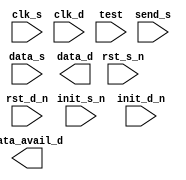
////////////////////////////////////////////////////////////////////////////////
//
//       This confidential and proprietary software may be used only
//     as authorized by a licensing agreement from Synopsys Inc.
//     In the event of publication, the following notice is applicable:
//
//                    (C) COPYRIGHT 2006 - 2016 SYNOPSYS INC.
//                           ALL RIGHTS RESERVED
//
//       The entire notice above must be reproduced on all authorized
//     copies.
//
//
// VERSION:   "Simulation verilog"
//
// DesignWare_version: 09d81b79
// DesignWare_release: K-2015.06-DWBB_201506.5.2
//
////////////////////////////////////////////////////////////////////////////////
//
//
//  ABSTRACT:  
//
//             Parameters:     Valid Values
//             ==========      ============
//             width           1 to 1024      8
//             clk_ratio       2 to 1024      2
//             reg_data_s      0 to 1         1
//             reg_data_d      0 to 1         1
//             tst_mode        0 to 2         0
//
//
//             Input Ports:    Size    Description
//             ===========     ====    ===========
//             clk_s            1        Source clock
//             rst_s_n          1        Source domain asynch. reset (active low)
//             init_s_n         1        Source domain synch. reset (active low)
//             send_s           1        Source domain send request input
//             data_s           width    Source domain send data input
//             clk_d            1        Destination clock
//             rst_d_n          1        Destination domain asynch. reset (active low)
//             init_d_n         1        Destination domain synch. reset (active low)
//             test             1        Scan test mode select input
//
//
//             Output Ports    Size    Description
//             ============    ====    ===========
//             data_d          width    Destination domain data output
//             data_avail_d    1        Destination domain data update output
//
//
//
//
//
//  MODIFIED:
//
//  10/01/15 RJK  Updated for compatible with VCS NLP flow
//

`ifdef UPF_POWER_AWARE
`protected
>b3><Eaf:7eVKF]6##NWe#g0N6R+E_IP)D:+._c)Q>LRdB]<E:_K-)=Z<.5@^\.>
CX-SKc:LJO(f=Xf)JeWb))F1g:W\a2?=CV?aG2FA?d\:?8EGVWdT\FaLCQRS.cNR
SYCPBb&GRUcTG.T>)D=VbNEW5dBKX^0>T,:</5LB5:7N-F^7Zbd=N7#M&[]4-]7b
-YAM950MHH+eG-DJNW@A+?ZdF-MBaEY3fVb)HdTG41f_,d1HO4>GI\Nc0/R?[aW9
^7PDMW^2Q7UU-<I0e-g#\=Q^geB[7IVI_8PS6[cD=R_Ua_1HHO]@5MHLe_NIV103
gJ;>fNL;[#5eeQ)B00XEe+9\Y(J8.MVZ=F\?ZGWfbKb>CSgJ.G1_W1)de9^S/f)-
OeT+_A[gOfNcM9a=>-M<f2FE[,O\H.cMZOP,=NY/_W2(33;,0\#:Q,?(+Yc&@LFE
<6c^EI;Q\[U=;-MQSTZ:02=TOZ;Y5/b]Y;eFSY^9G^1.^<)Wg53E[/ZA<X_C@)6X
3>@2?3b32CYS_b3@K4=1?41:W>RO[If^0?T?#O^G2LHCXBBMSY--ZU?E-gO\R2]G
4;A+;/O2+S6a//ZX<9RcYOB8?RCP;O4M;S/\+O7/D,0-5UE[3dZL+::fdYVVeY5L
:ORBRGOP\<)fF>e;d0=)]>S-WGFM[2^3L1/@3O+,g+)O8c?7V_=T[L=0>YL->OPD
817GAFD/I?C2&@ZOHN2be)?QSF4[Q=bI6d;XIU1^K]RQ0IQa4U1/4C)LZ#_43A5I
LR9YE@84.0A<PRA>bEX_Df[BdMXD3,Lc#NE=?F-5P+PLW(.P>=HB6a^X(O-_&(DN
QFF]Z8Fa(R-0VN_7Qb<INJ;-cd/J2ZH?Da^5)E=ae[LI#]+>g38gF-15^;3FT4B8
SP98:Mg)/X47Wf;N]A,[,Q?V1:QM+U9=6^T)gKXdFWWIN;1B/R]T[b</E^[\G<D+
JQ+#^)94\0aW8,;F/a4APD2b:TYCc.JN8\QM/Na(RgUOa<:^c)>B/@I=BdO^GKf]
I)cX[.U;QfDe;SIFEBLKJ(-OZ(7a]M1\Y>G(M8E0&=e5;2@7@^_QV;&@>0NPe^5X
ZAZ>D8:^ZW;[[7]EBT><H/+3U/1>gJc.dV6R#O=RJSEYZ;2MVNFNF26]R66g&Qgg
;X6JO3.ITg\PSI^I9[C,86a4);E0S_4;_Ub;O(c76.V@XCgdXE,2(deP2^S]4(R-
+/)2Ie)<O(X\N=T^EQ3GdQ+N-SC3@X4a][@RO0IT7<U#dR9aN(QOI(QKG>JPIdML
Y\14MJ##^]O_0?@UEe\cM&:,60\N@Q\Q44K?fKDI>//c/BS0L)Ha(9GC3((0DW4P
H[7FVa1V+[?1\]?.6[)D^66<9-Kd(YBGA+/9PXY,HBXW9S&1e0_P)U5&L;U^/a49
Vf]bT36>D[^#8I1cC(>8U\-??<:IGS=>^Z@Ve,77[#/YQ4@R.J-a(:0K2TJC@Eb=
#1)36[LBQe:EH/f1O&/KA7d^>/7?)([+KfG=;13RZeZ^)J=BOAW+E-_UW\&d2_5@
3J.;5PdfYY]5V.e5NS[,-dET6CEK_f8,AMH7g0)W0DfZ@E1AedSF@f1M[f5\^11M
]dK(Z_J;d\8=P0.KA_6H]>fN:Q\K;6Tg\92J;NX0GI9.O71MB2<a:THCg-XRV0XG
8_FA?@7Sbd8CJXN93SYHc>UA-DI,(I?Ta_I/J]Lg[aU^,JeQ_Ee;31:4,1@W:),Z
SXN)0\NcV&4ZKae5^]JQQP8>f::cd<6946B5?\7b?@5\DMF#:E?1F3L@F<X7fg1b
:Pad5):EH2e2bY[BIS+/JR,Va4C5A&APKT+F0EMGDAP7A0IXaa(b\?e(?a#5GDJ@
7O[.##/AF[LTV)V9V.UB&@aG=BaO6>X&BTKfV<96S4E?EC5L0P5YeZa;EV_Zf=:H
7\ZW.BFY67T(BZ;),8/Ld,\2EMBE+YN#OW3_a0173-4P4/[ZTb0;5?e:17,1K@^G
2<#<e[RT8)H5b^X8VL-ND;/R8RI<^<ec))RUNK:=/0<OP[9[]5Ia8FQ:aCO?d1&e
9D6_Z\Xc7\aXI>8P],Z3,R2\)]4=Z,]E1SO\c396CKKYgdCGJE2-)f<3UBE2ZJ+N
BECSaO;,RH2(a)UNg4,-,WHOZQ2GTg;-SBQ##Me_/E2bf98&.R-+5I[4#/<KF(L;
eBQ[HTSML)IJ?gE(O<1LB8XR(_&FS5XUfRN\+8^UR7F?]N?-PV9;WP1?+7)@TB?g
>=._E_07ZT1@@JJ+]?2;OX<[4PJ5W?I4H1e.MA,-C17&1+9^V&g138XX,(eRb0U9
<&BVeJX.&G(NHcQ]MXF(O_MJ?DZU#GFDLUUSK+Rg20DSbb;R3f)B+N#I]d@eQ1TO
)2&E0JCH;WKLfgL>7N+YB=T3b1OGfX;@@^+3JC?DJAL]A.5JCRJ#]CfA>;e6?9#^
7+TL#gdI,(3PW272ZX7>MeF,-ZW(2-L)=)H3&NP0<:Z4=Z<&K>]MMAA<?]4e?[Xb
e^SN:B=S_d.@#TZ9A]C\R(6BKfC#4N+^,b[,G1a;&.<9a&:3VVO>&.b<5#P#V^3>
4BZHKG..]Z6.PT[^>U^H=a^MOQUT#1Sdg]=JUUaL#\8dTfKR(fC=N8+62,,&^O42
[G>8?\6[&O,6?Q4e[da=0bQB>-00@9RAcM(G>(K2X=M6Hc5@4.[46WC;>HLD1;\f
<CJ9F<[RI_>@U,QBf]DMN:)a99KAWY54GK+>C>.C>T[\#>PEdX2e@NaEM]+M0&0E
b5XFZB5-XYA:Y.@@JAJ3NY@a#(/JPW-2@WJf<Q5W>J?@9.ZcB:YcT[V[&2dLM6bI
)8#.SAV/Ce>S.9\g47@:S;TOdW:0@/_RT=BML-fbAa>?D#fWFcWSW6V,):58CH5,
6\8Tc@@D>aeB0^fI[9DKL9^9)B@HbS<U59FdNV-;3T.CKJfgY>847b=KLCaB<[2&
PS#f=<>d?:5.PXT2QeC4&JS9QY..P=YdV>d@Vc/(/CC4K#I-4++[.)<N-P5I#g<9
FDU_9,&]W#aDYE5CD[8&&bg[Y1RaH9;E\6WA9&)XTX@1<C:e.d(Y=,JD?HW&C9cc
[&cb9O72/S.^TD]IQ>>_^@_Y94M8E+.a;f#83EAHOcS0<5^5V6fXBL^>)g-JGE#=
_0HST(SQf_[PKK(JF_eE\#J1@U?/GI=6_DIZ:X3<=WLLYef8G.g++O.[ed7;V]:a
b9fJ.gEc:=Z29bH&-)=a,+M_3JJJ_PPLfE)=@_NUFR_C0Ia8GWc5f(YGa4a:f:c#
6NR:.eae7+E?^Ad6=]:QS-8\#95d:&]J+cbHR&)0I1XJ.Ja.b)K^V_<1Bee/;UIe
/UYUdB;\MB[(8J4DIW3/W13GcMeUeGEFQCa7HA,0R]L5(d3R5>XT&7;gDD&U8=;U
DHN)X\Y&[)8>:2-a>5Z8NMdJ(I=4YYc9K5G(ER9f\40:d3>0OWJf#fM=)-92GQM4
2.Lb).-dMb@=#SLWK?+03J[eMa_RL/5@^CBI5>X^)-_EN15]?)-@3WdcU7Z21#a1
2S^;S;Q>P=.FV9M<X_bPT>5Y_,]+P1,3NR2##P?6b9X=aWHDCQ)4E3CE2.C6L#V9
W&eE\C[I38L?/MHM;#^6^MN6>UM=@fW5Yd^91WKQWHWXQ5B<RR8e\AC48),--FY9
^-f+cFDZM<5aY_e)7(QHVF(_(YBIE5IfKg)c6?5EcNLTgXU+_(geK0Y#Q1D(^.5Y
9[G2+MW9eL=a0QM;MYN4>(]1Rb7HgL)RLc0-7UW&X[YC@Yc&-CHW+[_1MXPVOQe?
5NfIR?F1g48a\N=WeIA2P=bD)KQ&7O8a2E;4;0f4]^ccU\-AB6H^U_3aGHYU34_(
&7gH[TQF^Ud1G]D&EAX;d:,0#Qf-,T7c1V:=5628W]KaGZM3bBZO4QE(E3RG0cD(
ZdJJP>6B7:O]H7(5XaM/b=6W&LM-QM5;VP9#I9Y\R2JOBc_D9XaBdCV@<g_>Lg:J
7[G+]CU@G3[I:E+/_E;f0?eF@f&e-[X5,RSCOR#\.c(^E\_LO)D\52O-bG\>P9@2
T2,eF4NS4gb\KNd;.._7W(XB\\T4XNb[V&M&T_Yf\MI4,::&S>@SU(PPA962FQ&[
N0_\#-O-#T;H0CW#TG9#D&dZ20_.0Z]d:)2VdQY+-7UBR\C/b(UF=A6=P1<;Z7>&
DI-eDJbLJ4?Y[2K\3^0bS8Z,YYDGIYY^4L#^60PO98[+-B/4N/IBSGWP7>6<0QPD
KWfC;S&M(Vafbea>bcCD<)MQC;d\SH[@>1&=eK2N68bXR(Je^@CSSXYRB#-^KXZ)
=G@G^JWC:64NW=J;5USYf4K\+]^9Oa\@,ZM^cJW=e4ZLS#@F_c#:c/:NOZ<>@LSe
]/>:QED/b<Q[O-f8O/\9;FX<WYN6a[YN[:9[B/>.f:;Ff=Wa@G#V?f3V.9FBT;RM
7]D??P_^L:7c+08dWg#I#b/AF3XN2]ETKE<MGgR(&4>g.I&\M?3HUTJ@cT#;YW-D
L;NMB4-T?PKD:T0N+/BBHG,,D78Z4J/YX?Id5EUFJF0#KWd4C6B<CS.GXL0B_LQb
?A@AR/-_VC)-E,2DB[JE5=7>K;.#;5eGSX6/L4LXBN<Z4O0+-#]0Z^ZA;&J(J_c3
b(Ve2Y>IU7C#+1,d958HU1KI>DAU41e=5gQDUa-)3ZN>#6]bEfOT\.QWa)GDLDN5
/-XEbET[OJ(@.:99cK\NT8e3(H80AYCS[]@Pg9-Q.Y>)U=QX).EZN&\^88U)OeYB
(Q#UDZT7FbLK]PL;EWVF0@H44&1:2L2.Q39VdJ\WWbA>&fADND]8I>[Q/GZ<G0<&
1NdJTUR@>)XFA2@X<D>Y(EM4_/H82]#EE[R)<N1&KNSXc1b27b-IR2+7ZDWMT4T\
Y^;cO97FP;/(CM081e.IcWV6dLYQb4Wd#)7cPDV,<,@;<A(Qd8I0GITDU._?9/:&
:Y,_f/bA=>dc3>_aJ6N&gL]8\3NV,2P\2OU8N/[:aC.EOe\2T#JZ_SP62c:@C1<[
/L(a89PQ7.W&4Y,@8\>1?f9#1<3e1N==)]0g>QN,:?)-W=e6;ZW5V7f9a#M6KI]-
=.U8fHebC1YaY<Z#NN9D/HYTJa35VE-GQR\I9=MXf<;Hf\;I]&:K_:+AB;Dc;T,d
P=>&S/+9S]@O6=@O@_FNd7U#H6&/R08LGa.KRQ#:0S)NEgZMgP4g&9=QQ6GP.768
a3\G=ZaR0c.:c)We-FQ5\92DSaB+RX;)0WWaE9Ng^:+:2#?_=K8RaOH=[3T=b.4C
@(IMQ&6>KPYN@c_ISQWIMKXLTdJA:^MI<72gdWb5,\CC>DE00#Y<ISQKZBT(>99.
gacO,]K=b&N.IS#AX=UM&ZCf@\9IBT,bYCJ35+]+EEX=C3-&<<a>I?MHE5)\.a8]
[MeM\W/[&_7HYS>9ReefHD(Y@0S99N@EFfU>g2R><;JTHN=31Y,>Ic.9R_E84XXb
QPQeN)ZeNQXC)V.c/N;74)\Ve49)A/QX4ECb0Z]?)W?\K<C7fDGRA7IK4(MZ,(PA
3Q30T9a<3BKd9(\^#L\ZfFN8Q:M3YHS.+:<7:4.,8;T^^PGEa+e37KML^P3ZS6TN
Tb)36--F-PV^M>P8^<7LR0VJ-GTc^HW/KcHONc/=Id]SN+.3J+(92^R7.^)gG;:-
XgB<W]ZY-6]]QKPGZH&=F(A:Y41V/4RC5>WQ@)EaQc(@9T7gIaOJ42Ob87?DP65H
:QOEf)d:Bg5N>6QM\T06._D^UJ=aY>b:RP00=M#Ob5@.HIB_>bI[Q>c3bFR-6gOG
[QSER).0K72;GDG=_UPV]&_N-,0aPS9,##23d13T\H>2Gc1FR0R&#Z\2A&#^(B2,
JTBAb_aE3ZM@BGGZD:]3+&7R32AeV[bFC[,O1X_e@3JPg#PV<.SLUVB:<7:;W#?Z
[O@#=OVK)9a0#ZJGQ+5=D_3DJYUN(A_[a:.dePI@4\Fb9F,/Z]C)(>0KU[?V-.GC
3<0c5Y?8(T[\M<W[_YB#gD)C>/aZZ]#58S-cE)ecdA0I7=:R,W5[;\&01])(;HMf
ZeGIW^?ZaVV?U/D]D36d_cOSA#fW5VMQY<R.I1eTP#W7H6=g,[0R:-S+-56J,W]P
6HZC7AfCK7E2QKe,-HCffe56@>8CWK(,^NfTS(R=2\UWI4A2UFHg(3\719LW@3_4
OQbGfPV64_0c;K<[M<c&S<D3S;8Re7P6?XEB(Y=@+B723M6Y>,F7D;1Z7&:1<0FG
FB)1Ffdg^#,M1Q</&/+=.8I:UfAH2<2N\S]I0Dg7dJf0^\#HdXeg8,b4M+.cODbC
-FF7T]^,8F6<7b\U5ZeP7\:c6&RBKQ&[.0(3F4TS;3[=1_7W+SXZbO:>>J+29K#e
>g;(3OgJQ2\RM/0&M3&G1HMASN79Z..\7+S)DId7K>9ICb(O6cWeL1+c#BN>X53J
7;F&C2O\U(&VC(YOHB[]EHbS,NY?KZbL?R>SE2g3@5aVTXd?#@eKLG.GX2R>UE18
?_==c8YdLA/&<UH8RA+ZH:aXf^d3M(aE?b08]Q<;g]>6<e0PI<g8P:SDe)-9aPEE
3RWM._B&FI?FR]\_,(f:K7[NE/IKf?R)EVGR_0HP57XMgCFbPAeX:-gAQ?BW#HbK
=.1XeG6ZC86YUPFSdFIf.8Y_UbGG91F90[aH6Q@E&:S2#Y?IO2c+HY/1\>CO<d]#
gU)-9#Cb@aIIJ)^W4@LQ0e;KE(fc+4:<+#,^=#cOcGaG_6,>&?U]@c2(BO3J_WfJ
Q\2,.CP\)L5,;\3/)[I2S/[.:V3)a@bGI@UKga2-D5(Q/G-dSQ/[Q).BGCMKYUC1
+aW1]L1V>G/28ML@O65CXd):0J5)W(<M>42?>#EHd1<YfS9S()3fVeS(KZ@_AgR8
0bR[YWYY\a[dH1JZa1A@(.WgF=@b7f,JOW.1a29,DF.ZbV5^MG)0bDMZ+[5OBY?Q
YUICJdF;S/=HV\3aRdbD-]S=7)dc&;_aS6K]-[Y1HeR\^,&G023FF5<K)06_bgB5
IVCWC9OZ_T[Be(35S00XN]b-@)2+OCa/,18fP)O6N\/0.501K;CdZ:N#Re8fDSU8
7dCO,geG>eVg],6dgO7/f>HUE7U>cA>T?_1/OSVAR32_\]d=(JIBOHT,\gAJ>]FJ
UU;U>#F-.WHg@<R)XNc[ScA@6WD.3-A]^g/>[S79?@Gg-;Q\AKRY8+X1&Ed_<\;=
32N_P;WZY/OOeeO_W(6+,CP9-LN)0g5J@X04HJW)1.NJFVBZ8>BZU;GD[6eI?[e=
QV-DedSa\b8#c)_>]LQ),eW1.X@QUC#[X_d#7fJS5]KL3ZSFF:]Mg)+ET@73@T0Z
^A.Q-C;/?5PU;eBDHf^TD)YdWPeSfSI0fM/?V^ANQ(IIAS\dN?K@&M(MU9ff>=Hd
Y-7_W_JeLS/F:G,V6Xg2FMP7f21]^2Vc2\W-[4VB1?BQ:P?R))257C_@W9CK]d(&
-G13P#VX?&0eS1d(,g/D:01=>fO3;,D\0-QMBBGFW/1HMH3&U=F#P0aQ)E,,bOR0
MDLWa]]LQWFeF(AG88)V0gEE:=U&O[T?g/a,0NI.KdgbH=OU#Od(Q1F4bV;MdZfH
4H?Bf/<H./S[B768W[9LG=.ORQ3L\>>(YB#_@_.R/=(^8[@[WYZC+<]XYT;?f-VC
C0Q]0e[Db2BWUU)]8TST;?]2<+SAGZTZ3.:>6O&^V.:?gE[CX8SS/8(?ZM)(@RA2
KY\de(bCXN2?PZ#F;Fa/VR\_H[T5[T:);+c2R<><^INTQ.1BL9>D\O7G>9Le>c#7
NHa&A@OBU4/\@SQM5[)J:BIVN7MZ(?fK54]UFF>=Z)</e(6)cGY6-bdN_.JMRN?,
RGE(5b9-0ST8WX;;GNDTJ:5J9eKT3UR)VE3Ed^aS+B(7\C+JcV7._P]&UNR0_\7b
f/)KB.-QWWb+>32dJ&B,O3^#f6KM62gB,O=2LWa@NYOT\4+;)Z8^C5.=3?^Y4Y>c
1-HcNHUA=0-T[EM/Yfc\Q2M#?L>AU?N9Pe8FTZfcMbGO0Uc4Jff_5R8N2UfgA-<_
fa)O>EEPaDd#6=_L23TLVT6,-WB1KL5CK8+g2<a^9U60/T)AI:aZN7]HCfO#Rf[S
]8Cd2H-<Q>>B3NU\IGN=GN_,8UD&U2cZX89g#?UFc3\KG/4=3GSYT2E1Q/5EU-,X
AFJb^A=Z&Z2YD1\O,&@F1BcXQ27&1b81A.LaW13MTB9AJ,RFQ\5HUcZT,#H5^H.V
B,.(F=1DC#XCOac\I-P:T+fPB4MP/UH\RJ#P:#X^0B_Y6SM74LG/:T\P@:9E0Pb+
]aVb0c?/PBTA&D/E\+QUQZgBgU3T/6GV/aTK@1beY0_NYXP<P\]aX\:[?fG1=0JW
dMFV@6Acfd(N+]5fT,LAdIGDd[]M&b=GbZA)5,\aYWc=@4XW5:51ZZ8-La^.M0W3
EdMe:WP;#)S&](?_#/83KFdL(^caV004f/XgR8O4T5#_GB+Qa-4MTLaJ^FA4)g[e
NC2]b\>0_5;+;Y4_d+.c1+4JRX#-D&SDa^?C2)/,3?+E(PMJVNH99NOdOJA?OGP8
6ZI7H,455.^b]0cDTceKcge;?K,[;.Oa70E+b6DCRgF4fM1)3f28gTH3/Q56aPOL
+_#G_VUHM@TI71UPe4f/P.@9DeE2L9,58H\DCW5[G)YJ)DaJDO0V#@fXT/HZMg&g
)e+NWESX&dYV[\(fcW;MD]F]Z0=-4\[#+U8B>1H(__^\5PUJW]c0JX>cY<geZD#)
T\Xe\@R[L9/7gC?c(U0f_QU]8NOKAF#J8O=VAI\#9ecN_dT41<&=LQK>Y6cfQJP/
I6K:0Vb+;HbDJJ3c-P#CN).fD8)AV4E_9S+FSLE#eM[Gf<A.9;+J7(X.(,R/0fZ,
67gHP2&D1cPdT<QBIg>W6(^RPF<D_EIP^@]HMO<?9&.-]+I0ALB<403L>,]^98^-
^WXLN7T[@8(P&f3dUC/_U6eY6>KbJa_AC;e6#TA5BV2#JGIH0#33HeS1LR74aLG5
7eZM&,N-f?MII(0IKB;L/<cT=JYD,X,b8AU)<4XA_9,?-a>KLMTT;\48Ee#5e>WG
0(T#&QE2/QZ(Ub95f-g1_,1.6.MSAC[XbD.^#7>W.eN6eLQ5K)FXM/G_ZH&&P(TM
[,O.Yb1YR]cMOS@fW1UD(;3?@\QSL\_WC0U8Ie_#GLECR-RFQgg3FVWKa2^c@M-C
OTOc)^FV&B3fL?EHTZMY03=G>&DVAD2<Y;d+GKUY6g4UAY5f[1+4T4a+7X_#e:Se
9+Y6;R@bT&XgENZ0@Qg>Q6S],F#MHX6M)Y>B<OHe.>1,D2L&QX]9b,0a4#IaUV7S
:=cfI+D1aP&>X_.]-fJ)L7<B[G?#T7J)HBB,9]E:?D.VQP)a0g[HJ[G#8cO#:4[U
>8J>>&fMCUbI>F[3M05:/-e&g9G_-3=J9;d(5^e?7a04RfKB/5)aDMg]=e44JJTE
[0O_5KM0gGM1(K/W5;+@^@&]P2UcA#>QP:+8@c892-B=LDPBK]EPLJTE>D;1g0H-
gQQ>D;M>[UT77<JV:(ea)-D-UQHeAUZ+.X4PG7?)?9>RXb4_D=F3>/D_IQRW#]IN
#b;P?Q+/5C^_85[gUJ>@?bP_:&JH1M4e/d4A]F&9H,KZAJJB48^7S8S];GG1g0T@
[Y08:H0Y;eUT4c+AaX?c;(XB;4\e6#=1:?W)EVXc.1RU6<c]g2c\(+N8P47<AfeG
S9@J_9IXbEd8-a/cU?K3AXf=3X.3>?cY,/QODJ0;MWAW5HVc,dEcg+Q.(bN^R;E&
Y1(T^BFBSB8;A<O]eI(L7V-\RMFNb/7IaOKM(:]YXCG6Z=YI(>VNeD&AB;(aYf/C
H\)Y_7NOQMD@78+Z3I,7-)@c@YMC,N-?2J57b;^/;YG:E@+bWK,@FEP9ML\.&Vc1
TKbg.&QPC.+9-AVDYWQP0UU=e8<C\?SZ?,C3PS8&]fWHg7cHXf4F>8SDVa1b7I;U
6bF;IF=LdTSEP\b8OU/7(.:d/XGDKHT]@_Y.3J6OTAa?=NAFO2B>8X/-RFJ9=#H6
:S,D<C?5gSPL=5]M@SUX_QN,VK88aID<^F<\<+b+1G]_YR@dW9RFU(YKISdY+H08
A9dP,/L&/I?)&aIC^#+c;V,MEAb2OKP77@]QB/,ZTcNW^48XH.Q9c5dR<@B-+R_E
P5DH-R#-e_M^:DeX\<(8^e6(Y=O\+Icc+B1^8>^4RF(>TC>EAc4WC(#[:b^D)c6?
)F^PT3(aG)T#29.W/YK;,OL^><CR)L<#)P#+<),4gcK<GVYFcLHI[.Td:>1Fe.MS
Ce>]@/OL3TCb3e,.P&]b4]S+H/-cW2<T2fQL89ZKNY+D-A>W]Kc+:M:IZB(?D>VV
?A+e>GBe7]f;(]#(KQWc^J0IN6-G9[+20+XKZ@Vg]c[;Y\LEOAfC_GLKb(?1F[Nf
Tf/8Q#cA<[)NPgK+XY==V)P]KCN[VQ3NC>JO+/(TT0/^_H[,Xc2SR\TAR;#8V0(B
KgOF(\5aD#)W6@CM@HOP@QMd8543g\K;P+2CZH73d,-M0(d[cI.bXdRBZQ&=)NE^
>1)2:K(eAcc8Tfb7?ME5W?NA_fYbKLDNUX<-Cf<I&>f)ELb-AN08XS-UUEHX37<H
U2Ta7RK;YG.+6R,g1TNWQ(G341A=<>A?<5Pa/3Z(R7>3g4df5B#);7_ZLE@OV;GF
bIO50@bbdP:[JLbF2Hf+6&)3#6#0F=-/E8?CTE\&SK4G=-E6.<\#fSAJ2eJfbCgS
fc<IKgf>2T5b^^B8SaM0aTBcf83HUZAYfb,gV,2[9<3#^0a_9:<5WZ2O=E#>UgA6
V>4e;B6PI+[:3?X)8eDC=T\43&dJ\[-EH13((Q5#Y6QO(-VWPdH]4(?52PgP+U4GV$
`endprotected

`else

module DW_data_qsync_hl(
	clk_s,
	rst_s_n,
	init_s_n,
	send_s,
	data_s,
	clk_d,
	rst_d_n,
	init_d_n,
	data_avail_d,
	data_d,
	test
	);

  parameter width = 8;
  parameter clk_ratio = 2;
  parameter tst_mode = 0;

  input  clk_s;
  input  rst_s_n;
  input  init_s_n;
  input  send_s;
  input  [width-1:0] data_s;

  input  clk_d;
  input  rst_d_n;
  input  init_d_n;
  output data_avail_d ;
  output [width-1:0] data_d;

  input  test;
// synopsys translate_off
integer reset ;//        [4 : 0];// :="00001";
integer idle ;//         [4 : 0];// :="00010";
integer update_a ;//     [4 : 0];// :="00100";
integer update_b ;//     [4 : 0];// :="01000";
integer update_hold;//   [4 : 0];// :="10000";

reg    [width-1 : 0]  data_s_reg ; 
wire   [width-1 : 0]  data_s_mux ; 
reg    [4 : 0]  send_state ; 
reg    [4 : 0]  next_state ; 
reg     tmg_ref_data   ;
reg     tmg_ref_reg    ;
wire    tmg_ref_mux    ;
reg     tmg_ref_neg    ;
reg     tmg_ref_pos    ;
reg     tmg_ref_xi     ;
wire    tmg_ref_xo     ;
wire    tmg_ref_fb     ;
wire    tmg_ref_cc;
wire    tmg_ref_ccm;
reg     tmg_ref_l;
reg     data_s_l;
wire    data_avl_out   ;
reg     data_avail_r   ;
reg     data_avail_s   ;
wire    data_s_snd_en  ;
wire    data_s_reg_en  ;
reg    [width-1 : 0]  data_s_snd;
reg     send_s_en      ;
wire    data_m_sel     ;
wire    tmg_ref_fben   ;
reg     data_a_reg;
 
 
  initial begin : parameter_check
    integer param_err_flg;

    param_err_flg = 0;
    
  
    if ( (width < 1) || (width > 1024) ) begin
      param_err_flg = 1;
      $display(
	"ERROR: %m :\n  Invalid value (%d) for parameter width (legal range: 1 to 1024)",
	width );
    end
  
    if ( (clk_ratio < 2) || (clk_ratio > 1024) ) begin
      param_err_flg = 1;
      $display(
	"ERROR: %m :\n  Invalid value (%d) for parameter clk_ratio (legal range: 2 to 1024)",
	clk_ratio );
    end
  
    if ( (tst_mode < 0) || (tst_mode > 2) ) begin
      param_err_flg = 1;
      $display(
	"ERROR: %m :\n  Invalid value (%d) for parameter tst_mode (legal range: 0 to 2)",
	tst_mode );
    end

    if ( param_err_flg == 1) begin
      $display(
        "%m :\n  Simulation aborted due to invalid parameter value(s)");
      $finish;
    end

  end // parameter_check 

  initial begin
    reset       <= 5'b00000;
    idle        <= 5'b00001;
    update_a    <= 5'b00010;
    update_b    <= 5'b00100;
    update_hold <= 5'b01000;
  end
  always @ ( clk_s or rst_s_n) begin : SRC_DM_SEQ_PROC
    if  (rst_s_n === 0) begin  
      data_s_reg   <= 0;
      data_s_snd   <= 0;
      send_state   <= 0;
      data_avail_r <= 0;
      tmg_ref_xi   <= 0;
      tmg_ref_reg  <= 0;
      tmg_ref_pos  <= 0;
      tmg_ref_neg  <= 0;
      data_a_reg   <= 0;
    end else if  (rst_s_n === 1) begin   
      if(clk_s === 1)  begin
        if ( init_s_n === 0) begin  
          data_s_reg   <= 0;
          data_s_snd   <= 0;
          send_state   <= 0;
          data_avail_r <= 0;
          tmg_ref_xi   <= 0;
          tmg_ref_reg  <= 0;
          tmg_ref_pos  <= 0;
          tmg_ref_neg  <= 0;
          data_a_reg   <= 0;
        end else if ( init_s_n === 1)   begin 
	  if(data_s_reg_en === 1)
            data_s_reg   <= data_s;
          if(data_s_snd_en === 1)
            data_s_snd   <= data_s_mux;
          send_state   <= next_state;
	  data_avail_r <= data_avl_out;
          tmg_ref_xi   <= tmg_ref_xo;
          tmg_ref_reg  <= tmg_ref_mux;
          tmg_ref_pos  <= tmg_ref_ccm;
          data_a_reg   <= data_avl_out;
        end else begin
          send_state   <= {width{1'bx}};
          data_s_reg   <= {width{1'bx}};
          data_s_snd   <= {width{1'bx}};
          data_avail_r <= 1'bx;
          tmg_ref_xi   <= 1'bx;
          tmg_ref_reg  <= 1'bx;
          tmg_ref_pos  <= 1'bx;
          tmg_ref_neg  <= 1'bx;
          data_a_reg   <= 1'bx;
	end
      end else if(clk_s === 0)  begin
        if ( init_s_n === 0)  
          tmg_ref_neg  <= 0;
        else if ( init_s_n === 1)   
          tmg_ref_neg  <= tmg_ref_ccm;
        else
          tmg_ref_neg  <= 1'bx;
      end else begin
        send_state   <= {width{1'bx}};
        data_s_reg   <= {width{1'bx}};
        data_s_snd   <= {width{1'bx}};
	data_avail_r <= 1'bx;
        tmg_ref_xi   <= 1'bx;
        tmg_ref_reg  <= 1'bx;
        tmg_ref_pos  <= 1'bx;
        tmg_ref_neg  <= 1'bx;
        data_a_reg   <= 1'bx;
      end
    end else begin
      send_state   <= {width{1'bx}};
      data_s_reg   <= {width{1'bx}};
      data_s_snd   <= {width{1'bx}};
      data_avail_r <= 1'bx;
      tmg_ref_xi   <= 1'bx;
      tmg_ref_reg  <= 1'bx;
      tmg_ref_pos  <= 1'bx;
      tmg_ref_neg  <= 1'bx;
      data_a_reg   <= 1'bx;
    end 
  end  

  always @ ( clk_d or rst_d_n) begin : DST_DM_POS_SEQ_PROC
    if (rst_d_n === 0 ) 
      tmg_ref_data <= 0;
    else if (rst_d_n === 1 ) begin  
      if(clk_d === 0)  begin
	tmg_ref_data <= tmg_ref_data;
      end else if(clk_d === 1) 
        if (init_d_n === 0 ) 
          tmg_ref_data <= 0;
        else if (init_d_n === 1 )
	  if(data_avail_r)  
            tmg_ref_data <= !  tmg_ref_data ;
	  else
	    tmg_ref_data <= tmg_ref_data;
	else
          tmg_ref_data <= 1'bx;
      else
        tmg_ref_data <= 1'bx;
    end else
      tmg_ref_data <= 1'bx;
  end
  
// latch is intentionally infered
// leda S_4C_R off
// leda DFT_021 off
  always @ (clk_s or tmg_ref_cc) begin : frwd_hold_latch_PROC
    if (clk_s == 1'b1) 
      tmg_ref_l <= tmg_ref_cc;
  end // frwd_hold_latch_PROC;
// leda DFT_021 on
// leda S_4C_R on

   always @ (send_state or send_s or tmg_ref_fb or clk_s ) begin : SRC_DM_COMB_PROC
    case (send_state) 
      reset : 
	next_state =  idle;
      idle : 
        if (send_s === 1) 
	  next_state =  update_a;
        else
	  next_state =  idle;
      update_a : 
        if(send_s === 1) 
	  next_state =  update_b;
        else
	  next_state =  update_hold;
      update_b : 
        if(tmg_ref_fb === 1 & send_s === 0) 
	  next_state =  update_hold;
        else
	  next_state =  update_b;
      update_hold : 
        if(send_s === 1 & tmg_ref_fb === 0) 
	  next_state =  update_b;
        else if(send_s === 1 & tmg_ref_fb === 1) 
	  next_state =  update_hold;
        else if(send_s === 0 & tmg_ref_fb ===1) 
	  next_state =  idle;
        else
	  next_state =  update_hold;
      default : next_state = reset;
    endcase
  end 
  assign data_avl_out   = next_state[1] | next_state[2] | next_state[3];
  assign tmg_ref_xo     = tmg_ref_reg ^  tmg_ref_mux;
  assign tmg_ref_fb     = tmg_ref_xo;//not (tmg_ref_xi | tmg_ref_xo) when clk_ratio = 3 else tmg_ref_xo;
  assign tmg_ref_mux    = clk_ratio === 2 ? tmg_ref_neg  : tmg_ref_pos ;
  assign tmg_ref_fben   = next_state[1] | next_state[2] | next_state[3];
  assign data_s_mux     = (data_m_sel === 1) ? data_s : data_s_reg;
  assign data_m_sel     = (send_state[0]  | (send_state[3] & data_s_snd_en)) ;
  assign data_s_reg_en  = (send_state[2] | (send_state[3] & !  tmg_ref_fb)) & send_s;
  assign data_s_snd_en  = (send_state[0] & send_s) | (send_state[2] & tmg_ref_fb) |
                          (send_state[3] & tmg_ref_fb & send_s);
  assign data_d         = data_s_snd;
  assign data_avail_d   = data_a_reg;
  assign tmg_ref_cc     = tmg_ref_data;
  assign tmg_ref_ccm    = ((clk_ratio > 2) & (test == 1'b1)) ?  tmg_ref_l: tmg_ref_cc;
  // synopsys translate_on
endmodule
`endif